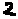
Text: 2